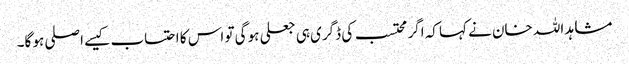
مشاہد اللہ خان نے کہا کہ اگر محتسب کی ڈگری ہی جعلی ہو گی تو اس کا احتساب کیسے اصلی ہو گا۔